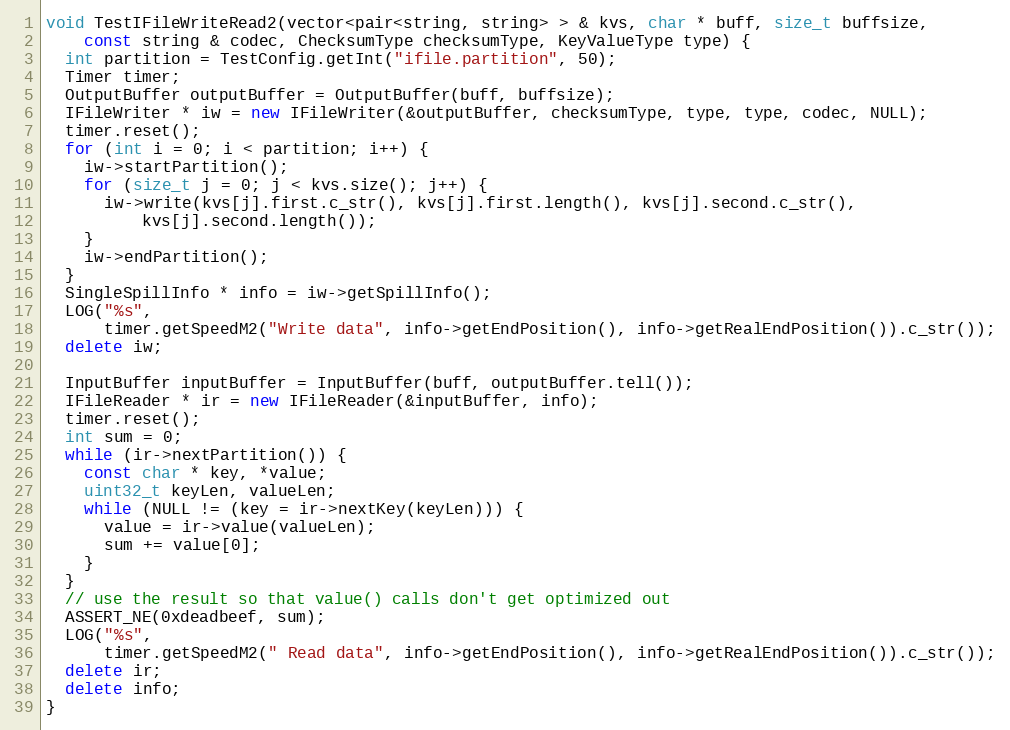
Language: C++
void TestIFileWriteRead2(vector<pair<string, string> > & kvs, char * buff, size_t buffsize,
    const string & codec, ChecksumType checksumType, KeyValueType type) {
  int partition = TestConfig.getInt("ifile.partition", 50);
  Timer timer;
  OutputBuffer outputBuffer = OutputBuffer(buff, buffsize);
  IFileWriter * iw = new IFileWriter(&outputBuffer, checksumType, type, type, codec, NULL);
  timer.reset();
  for (int i = 0; i < partition; i++) {
    iw->startPartition();
    for (size_t j = 0; j < kvs.size(); j++) {
      iw->write(kvs[j].first.c_str(), kvs[j].first.length(), kvs[j].second.c_str(),
          kvs[j].second.length());
    }
    iw->endPartition();
  }
  SingleSpillInfo * info = iw->getSpillInfo();
  LOG("%s",
      timer.getSpeedM2("Write data", info->getEndPosition(), info->getRealEndPosition()).c_str());
  delete iw;

  InputBuffer inputBuffer = InputBuffer(buff, outputBuffer.tell());
  IFileReader * ir = new IFileReader(&inputBuffer, info);
  timer.reset();
  int sum = 0;
  while (ir->nextPartition()) {
    const char * key, *value;
    uint32_t keyLen, valueLen;
    while (NULL != (key = ir->nextKey(keyLen))) {
      value = ir->value(valueLen);
      sum += value[0];
    }
  }
  // use the result so that value() calls don't get optimized out
  ASSERT_NE(0xdeadbeef, sum);
  LOG("%s",
      timer.getSpeedM2(" Read data", info->getEndPosition(), info->getRealEndPosition()).c_str());
  delete ir;
  delete info;
}